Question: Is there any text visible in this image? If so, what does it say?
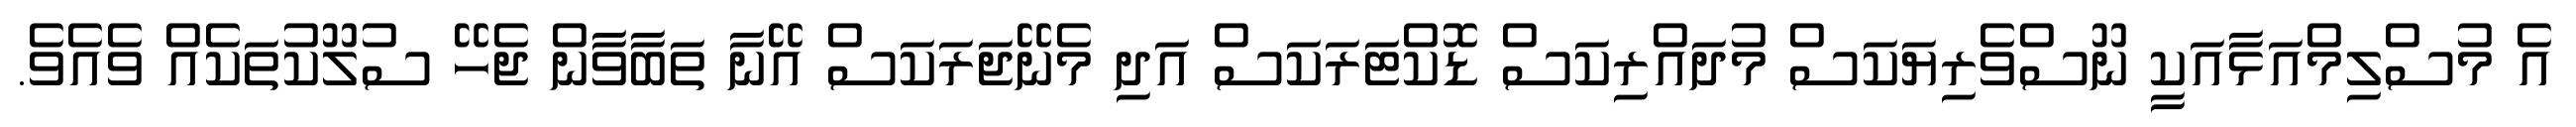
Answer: އެ މުސްލިމްއަޅާއަކީ ނޫސްވެރިޔަކަސް މުދައްރިކަސް ޑޮކްޓަރަކަސް އަދި މެނޭޖަރަކަސް އޭނާ ތަބާވާން ޖެހޭ ސުލޫކުތަކެއް ވެއެވެ.